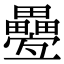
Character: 𤴁